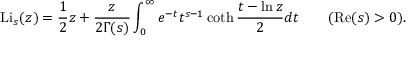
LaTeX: \operatorname { L i } _ { s } ( z ) = { \frac { 1 } { 2 } } z + { \frac { z } { 2 \Gamma ( s ) } } \int _ { 0 } ^ { \infty } e ^ { - t } t ^ { s - 1 } \coth { \frac { t - \ln z } { 2 } } d t \qquad ( \operatorname { R e } ( s ) > 0 ) .